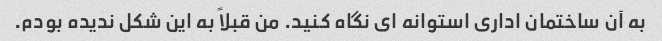
به آن ساختمان اداری استوانه ای نگاه کنید. من قبلاً به این شکل ندیده بودم.